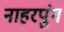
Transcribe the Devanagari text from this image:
नाहरपुंग